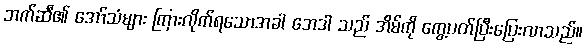
ဘက်ဆီ၏ အော်သံများ ကြားလိုက်ရသောအခါ အေဒါ သည် အိမ်ကို ကွေ့ပတ်ပြီးပြေးလာသည်။